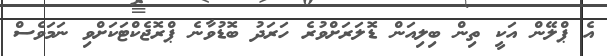
އެ ޕްލޭން އަކީ ތިން ބިލިއަން ޑޮލަރަށްވުރެ ހަރަދު ބޮޑުވާނެ ޕްރޮޖެކްޓަކަށްވި ނަމަވެސް